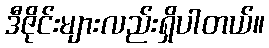
ဒီဇိုင်းများလည်းရှိပါတယ်။